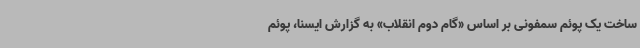
ساخت یک پوئم سمفونی بر اساس «گام دوم انقلاب» به گزارش ایسنا، پوئم